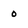
Character: 0